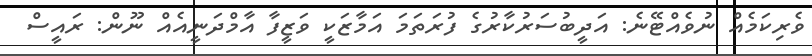
ވެރިކަމެއް ނުވެއްޓޭނެ: އަދީބުސަރުކާރުގެ ފުރަތަމަ އަމާޒަކީ ވަޒީފާ އާމްދަނީއެއް ނޫން: ރައީސް